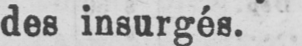
des insurgés.